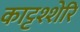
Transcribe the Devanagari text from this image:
काट्टश्शेरि